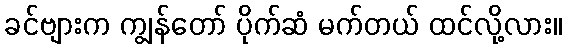
ခင်ဗျားက ကျွန်တော် ပိုက်ဆံ မက်တယ် ထင်လို့လား။